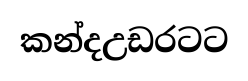
කන්දඋඩරටට